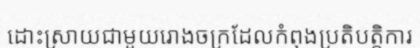
ដោះស្រាយជាមួយរោងចក្រដែលកំពុងប្រតិបត្តិការ